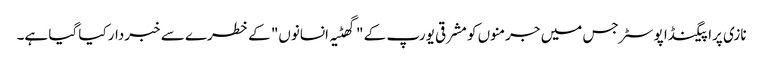
نازی پراپیگنڈا پوسٹر جس میں جرمنوں کو مشرقی یورپ کے "گھٹیہ انسانوں" کے خطرے سے خبردار کیا گیا ہے۔